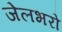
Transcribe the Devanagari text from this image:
जेलभरो